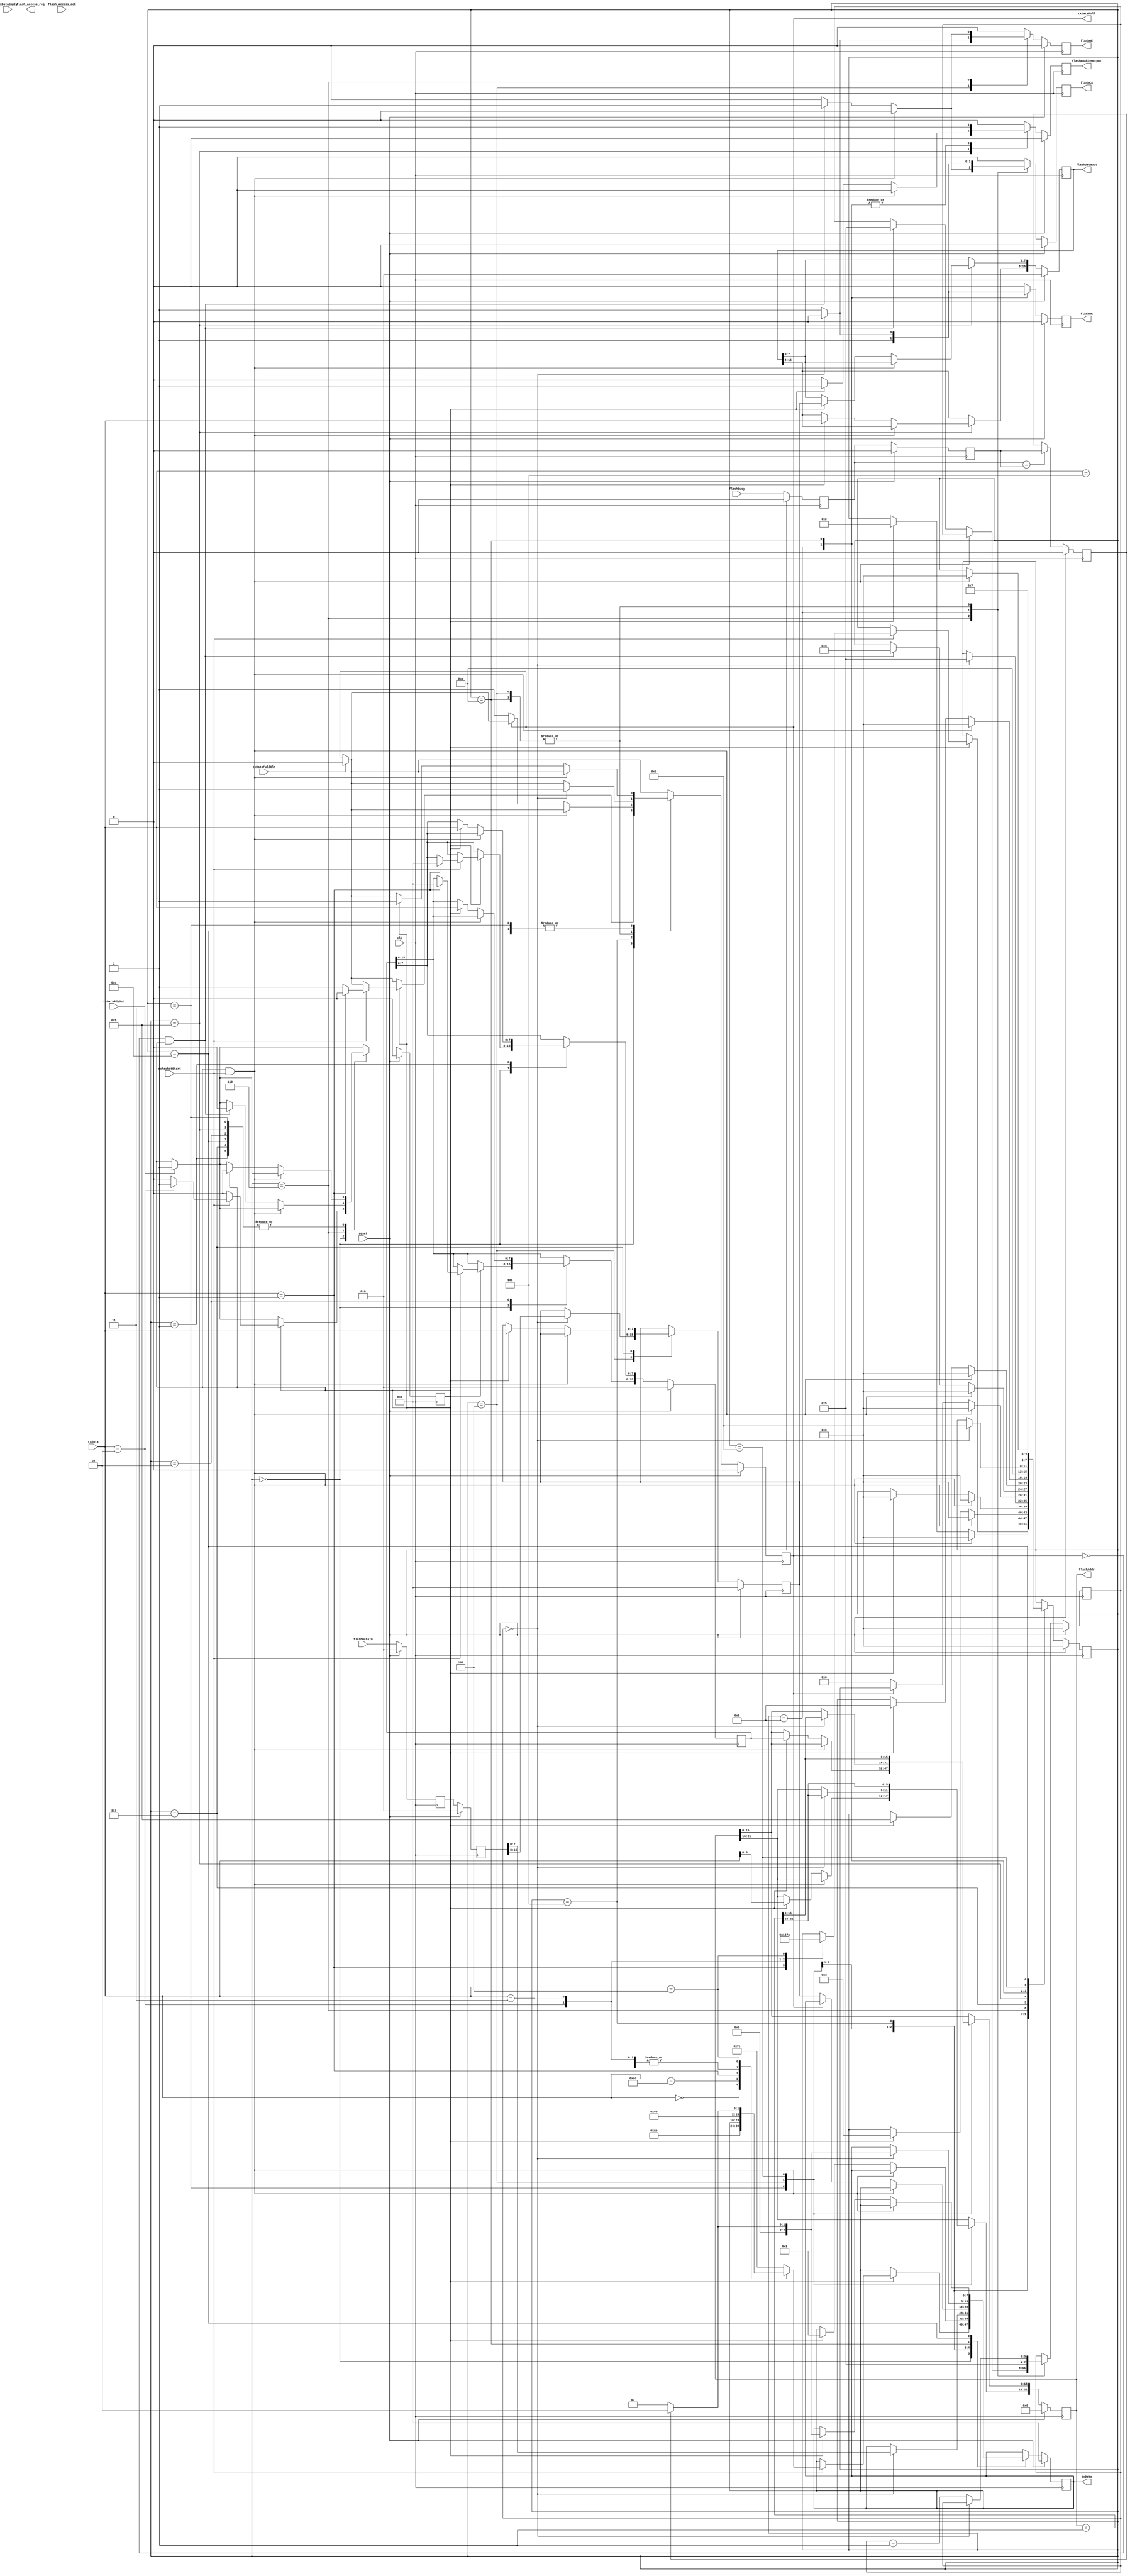
`timescale 1ns / 1ps
//////////////////////////////////////////////////////////////////////////////////
// Company: 
// Engineer: 
// 
// Design Name: 
// Module Name:    spi_flash_ctrl 
// Project Name: 
// Target Devices: 
// Tool versions: 
// Description: 
//
// Dependencies: 
//
// Revision: 
// Revision 0.01 - File Created
// Additional Comments: 
//
//////////////////////////////////////////////////////////////////////////////////
module spi_flash_ctrl(
    input clk,
	 input reset,
	 
	 // RX Interface
	 input rxPacketStart,
	 input [7:0] rxData,
	 input rxDataRdySet,

	 // TX interface
	 output reg txDataFull,
	 output reg [7:0] txData,
	 input txDataEmpty,
	 input txDataFullClr,
	 
	 // Flash interface
	 input [15:0] flashDataIn,
	 output reg [15:0] flashDataOut,
	 output reg [21:0] flashAddr,
	 output reg flashCS,
	 output reg flashOE,
	 output reg flashWE,
	 input flashBusy,
	 output reg flashEnableOutput,
	 
	 // Flash access arbitrage
	 output reg flash_access_req,
	 input flash_access_ack
);
	
reg flashBusy_reg;
reg flashBusy_reg1;
reg flashBusy_reg2;
reg [15:0] flashDataIn_reg;
reg [15:0] flashDataIn_reg1;

// flashBusy debounce and resync to local clock
always @(posedge clk)
	begin
		if (reset)
			begin
				flashBusy_reg <= 0;
				flashBusy_reg1 <= 0;
				flashBusy_reg2 <= 0;
				
				flashDataIn_reg <= 0;
				flashDataIn_reg1 <= 0;
			end
		else
			begin
				flashBusy_reg1 <= flashBusy;
				flashBusy_reg2 <= flashBusy_reg1;
				
				if (flashBusy_reg1 == flashBusy_reg2)
					flashBusy_reg <= flashBusy_reg2;
					
				flashDataIn_reg1 <= flashDataIn;
				flashDataIn_reg <= flashDataIn_reg1;
			end
	end


`define STATE_IDLE 0
`define STATE_ADDR0 1
`define STATE_ADDR1 2
`define STATE_ADDR2 3
`define STATE_READ0 4
`define STATE_READ1 5
`define STATE_READ2 6
`define STATE_WRITE0 7
`define STATE_WRITE1 8
`define STATE_WRITE2 9
`define STATE_WRITE3 10
`define STATE_WRITE4 11
`define STATE_CHECK_BUSY 12

`define CMD_NOP 0
`define CMD_ADDR 1
`define CMD_READ 2
`define CMD_WRITE 3
`define CMD_CHECK_BUSY 4
`define CMD_VERSION 5
`define CMD_PING 8'hCD

`define STATUS_NOP 0
`define STATUS_OK 1
`define STATUS_BUSY 2
`define STATUS_VERSION 1
`define STATUS_PONG 8'hAB
`define STATUS_ERROR 254

reg [3:0] state;
reg [3:0] next_state;
reg [7:0] next_txData;
reg next_txDataFull;
reg rxDataRdy;
reg next_rxDataRdy;
reg [21:0] next_flashAddr;
reg [15:0] flashAddrTmp;
reg [15:0] next_flashAddrTmp;
reg next_flashCS;
reg next_flashOE;
reg next_flashWE;
reg next_flashEnableOutput;
reg [7:0] flashDataTmp;
reg [7:0] next_flashDataTmp;
reg [15:0] next_flashDataOut;
reg [3:0] flashDelay;
reg [3:0] next_flashDelay;

always @(posedge clk)
	begin
		if (reset)
			begin
				state <= `STATE_IDLE;
				txData <= 0;
				txDataFull <= 0;
				rxDataRdy <= 0;
				flashAddr <= 0;
				flashAddrTmp <= 0;
				flashCS <= 0;
				flashOE <= 0;
				flashWE <= 0;
				flashEnableOutput <= 0;
				flashDataTmp <= 0;
				flashDataOut <= 0;
				flashDelay <= 0;
			end
		else
			begin
				state <= next_state;
				txData <= next_txData;
				txDataFull <= next_txDataFull;
				rxDataRdy <= next_rxDataRdy;
				flashAddr <= next_flashAddr;
				flashAddrTmp <= next_flashAddrTmp;
				flashCS <= next_flashCS;
				flashOE <= next_flashOE;
				flashWE <= next_flashWE;
				flashDataTmp <= next_flashDataTmp;
				flashDataOut <= next_flashDataOut;
				flashEnableOutput <= next_flashEnableOutput;
				flashDelay <= next_flashDelay;
			end
	end

always @(state or rxDataRdy or rxDataRdySet or rxPacketStart or txDataFull or txDataEmpty or rxData or txData or txDataFull or txDataFullClr
				or flashDataIn_reg or flashAddr or flashAddrTmp or flashBusy_reg or flashDataOut or flashDataTmp or flashDelay)
	begin
		next_txDataFull <= txDataFull;
		next_rxDataRdy <= rxDataRdy;
		next_txData <= txData;
		next_state <= state;
		next_flashAddr <= flashAddr;
		next_flashAddrTmp <= flashAddrTmp;
		next_flashCS <= 0;
		next_flashOE <= 0;
		next_flashWE <= 0;
		next_flashEnableOutput <= 0;
		next_flashDataOut <= flashDataOut;
		next_flashDataTmp <= flashDataTmp;
		next_flashDelay <= flashDelay;
		
		if (rxDataRdySet)
			next_rxDataRdy <= 1;
				
		if (txDataFullClr)
			next_txDataFull <= 0;
					
		case (state)
			`STATE_IDLE: begin
				if (rxDataRdy)
					begin
						next_rxDataRdy <= 0;
						if (rxPacketStart)
							begin
								next_txDataFull <= 0;
								case (rxData)
									`CMD_NOP: begin
										next_txData <= `STATUS_NOP;
										next_txDataFull <= 1;
									end
									`CMD_PING: begin
										next_txData <= `STATUS_PONG;
										next_txDataFull <= 1;
									end
									`CMD_VERSION: begin
										next_txData <= `STATUS_VERSION;
										next_txDataFull <= 1;
									end
									`CMD_ADDR: begin
										next_flashAddrTmp <= 0;
										next_state <= `STATE_ADDR0;
									end
									`CMD_READ: begin
										next_rxDataRdy <= 1;
										next_state <= `STATE_READ2;
										next_txData <= `STATUS_OK;
										next_txDataFull <= 1;
									end
									`CMD_WRITE: begin
										next_state <= `STATE_WRITE0;
										next_txData <= `STATUS_OK;
										next_txDataFull <= 1;
									end
									`CMD_CHECK_BUSY: begin
										if (flashBusy_reg)
											next_txData <= `STATUS_BUSY;
										else
											next_txData <= `STATUS_OK;
										next_txDataFull <= 1;
										next_state <= `STATE_CHECK_BUSY;
									end
									default: begin
										next_txData <= `STATUS_ERROR;
										next_txDataFull <= 1;
									end
								endcase
							end
					end
			end
			`STATE_ADDR0: begin
				if (rxDataRdy && rxPacketStart)
					next_state <= `STATE_IDLE;
				else if (rxDataRdy)
					begin
						next_rxDataRdy <= 0;
						next_flashAddrTmp[7:0] <= rxData;
						next_state <= `STATE_ADDR1;
					end
			end
			`STATE_ADDR1: begin
				if (rxDataRdy && rxPacketStart)
					next_state <= `STATE_IDLE;
				else if (rxDataRdy)
					begin
						next_rxDataRdy <= 0;
						next_flashAddrTmp[15:8] <= rxData;
						next_state <= `STATE_ADDR2;
					end
			end
			`STATE_ADDR2: begin
				if (rxDataRdy && rxPacketStart)
					next_state <= `STATE_IDLE;
				else if (rxDataRdy)
					begin
						next_rxDataRdy <= 0;
						next_flashAddr[21:16] <= rxData[5:0];
						next_flashAddr[15:0] <= flashAddrTmp;
						next_state <= `STATE_IDLE;
						next_txData <= `STATUS_OK;
						next_txDataFull <= 1;
					end
			end
			`STATE_READ0: begin
					if (flashDelay == 0)
						begin
							next_txData <= flashDataIn_reg[7:0];
							next_txDataFull <= 1;
							next_flashDataTmp <= flashDataIn_reg[15:8];
							next_flashAddr <= flashAddr + 1;

							next_state <= `STATE_READ1;
						end
					else
						begin
							next_flashCS <= 1;
							next_flashOE <= 1;
							next_flashDelay <= flashDelay - 1;
						end
			end
			`STATE_READ1: begin
				if (rxDataRdy && rxPacketStart)
					next_state <= `STATE_IDLE;
				else if (!txDataFull)
					begin
						next_txData <= flashDataTmp;
						next_txDataFull <= 1;
						next_state <= `STATE_READ2;
					end
			end
			`STATE_READ2: begin
				if (rxDataRdy && rxPacketStart)
					next_state <= `STATE_IDLE;
				else if (!txDataFull && rxDataRdy)
					begin
						next_rxDataRdy <= 0;
						next_flashCS <= 1;
						next_flashOE <= 1;
						next_flashDelay <= 5;
						next_state <= `STATE_READ0;
					end
			end
			`STATE_WRITE0: begin
				if (rxDataRdy && rxPacketStart)
					next_state <= `STATE_IDLE;
				else if (rxDataRdy)
					begin
						next_flashDataTmp <= rxData;
						next_rxDataRdy <= 0;
						next_state <= `STATE_WRITE1;
					end
			end
			`STATE_WRITE1: begin
				if (rxDataRdy && rxPacketStart)
					next_state <= `STATE_IDLE;
				else if (rxDataRdy)
					begin
						next_rxDataRdy <= 0;
						next_flashDataOut[15:8] <= rxData;
						next_flashDataOut[7:0] <= flashDataTmp;
						next_flashEnableOutput <= 1;
						next_state <= `STATE_WRITE2;
					end
			end
			`STATE_WRITE2: begin
				next_flashCS <= 1;
				next_flashWE <= 1;
				next_flashEnableOutput <= 1;
				next_flashDelay <= 5;
				next_state <= `STATE_WRITE3;
			end
			`STATE_WRITE3: begin
					if (flashDelay == 0)
						begin
							if (flashBusy_reg)
								next_txData <= `STATUS_BUSY;
							else
								next_txData <= `STATUS_OK;
							next_txDataFull <= 1;
							next_flashEnableOutput <= 1;
							next_state <= `STATE_WRITE4;
						end
					else
						begin
							next_flashCS <= 1;
							next_flashWE <= 1;
							next_flashEnableOutput <= 1;
							next_flashDelay <= flashDelay - 1;
						end
			end
			`STATE_WRITE4: begin
				next_state <= `STATE_WRITE0;
				next_flashAddr <= flashAddr + 1;
			end
			`STATE_CHECK_BUSY: begin
				if (rxDataRdy && rxPacketStart)
					next_state <= `STATE_IDLE;
				else if (rxDataRdy)
					begin
						next_rxDataRdy <= 0;
						if (flashBusy_reg)
							next_txData <= `STATUS_BUSY;
						else
							next_txData <= `STATUS_OK;
						next_txDataFull <= 1;
					end
			end
		endcase
	end
	
endmodule